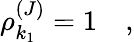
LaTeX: \rho_{k_{1}}^{(J)}=1\quad,